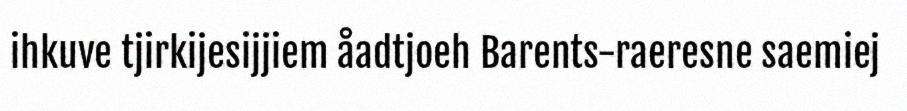
ihkuve tjirkijesijjiem åadtjoeh Barents-raeresne saemiej